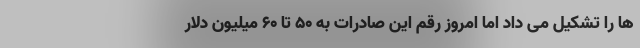
ها را تشکیل می داد اما امروز رقم این صادرات به 50 تا 60 میلیون دلار